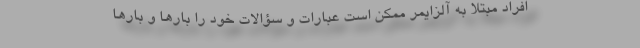
افراد مبتلا به آلزایمر ممکن است عبارات و سؤالات خود را بارها و بارها